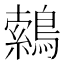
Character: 𮭈